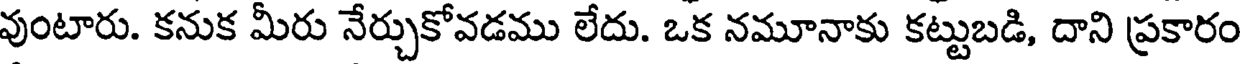
వుంటారు. కనుక మీరు నేర్చుకోవడము లేదు. ఒక నమూనాకు కట్టుబడి, దాని ప్రకారం